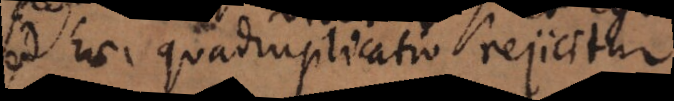
sed haec quadruplicatio rejicitur.